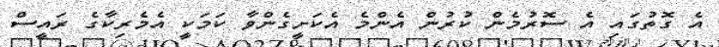
އެ ގޮތުގައި އެ ސޮރުމެން ކުރުން އެންމެ އެކަށީގެންވާ ކަމަކީ އެމެރިކާގެ ރައީސް